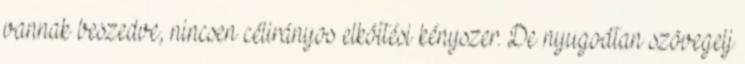
vannak beszedve, nincsen célirányos elköltési kényszer. De nyugodtan szövegelj